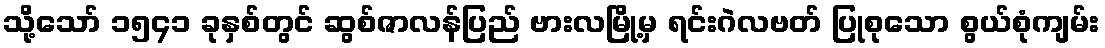
သို့သော် ၁၅၄၁ ခုနှစ်တွင် ဆွစ်ဇာလန်ပြည် ဗားလမြို့မှ ရင်းဂဲလဗတ် ပြုစုသော စွယ်စုံကျမ်း